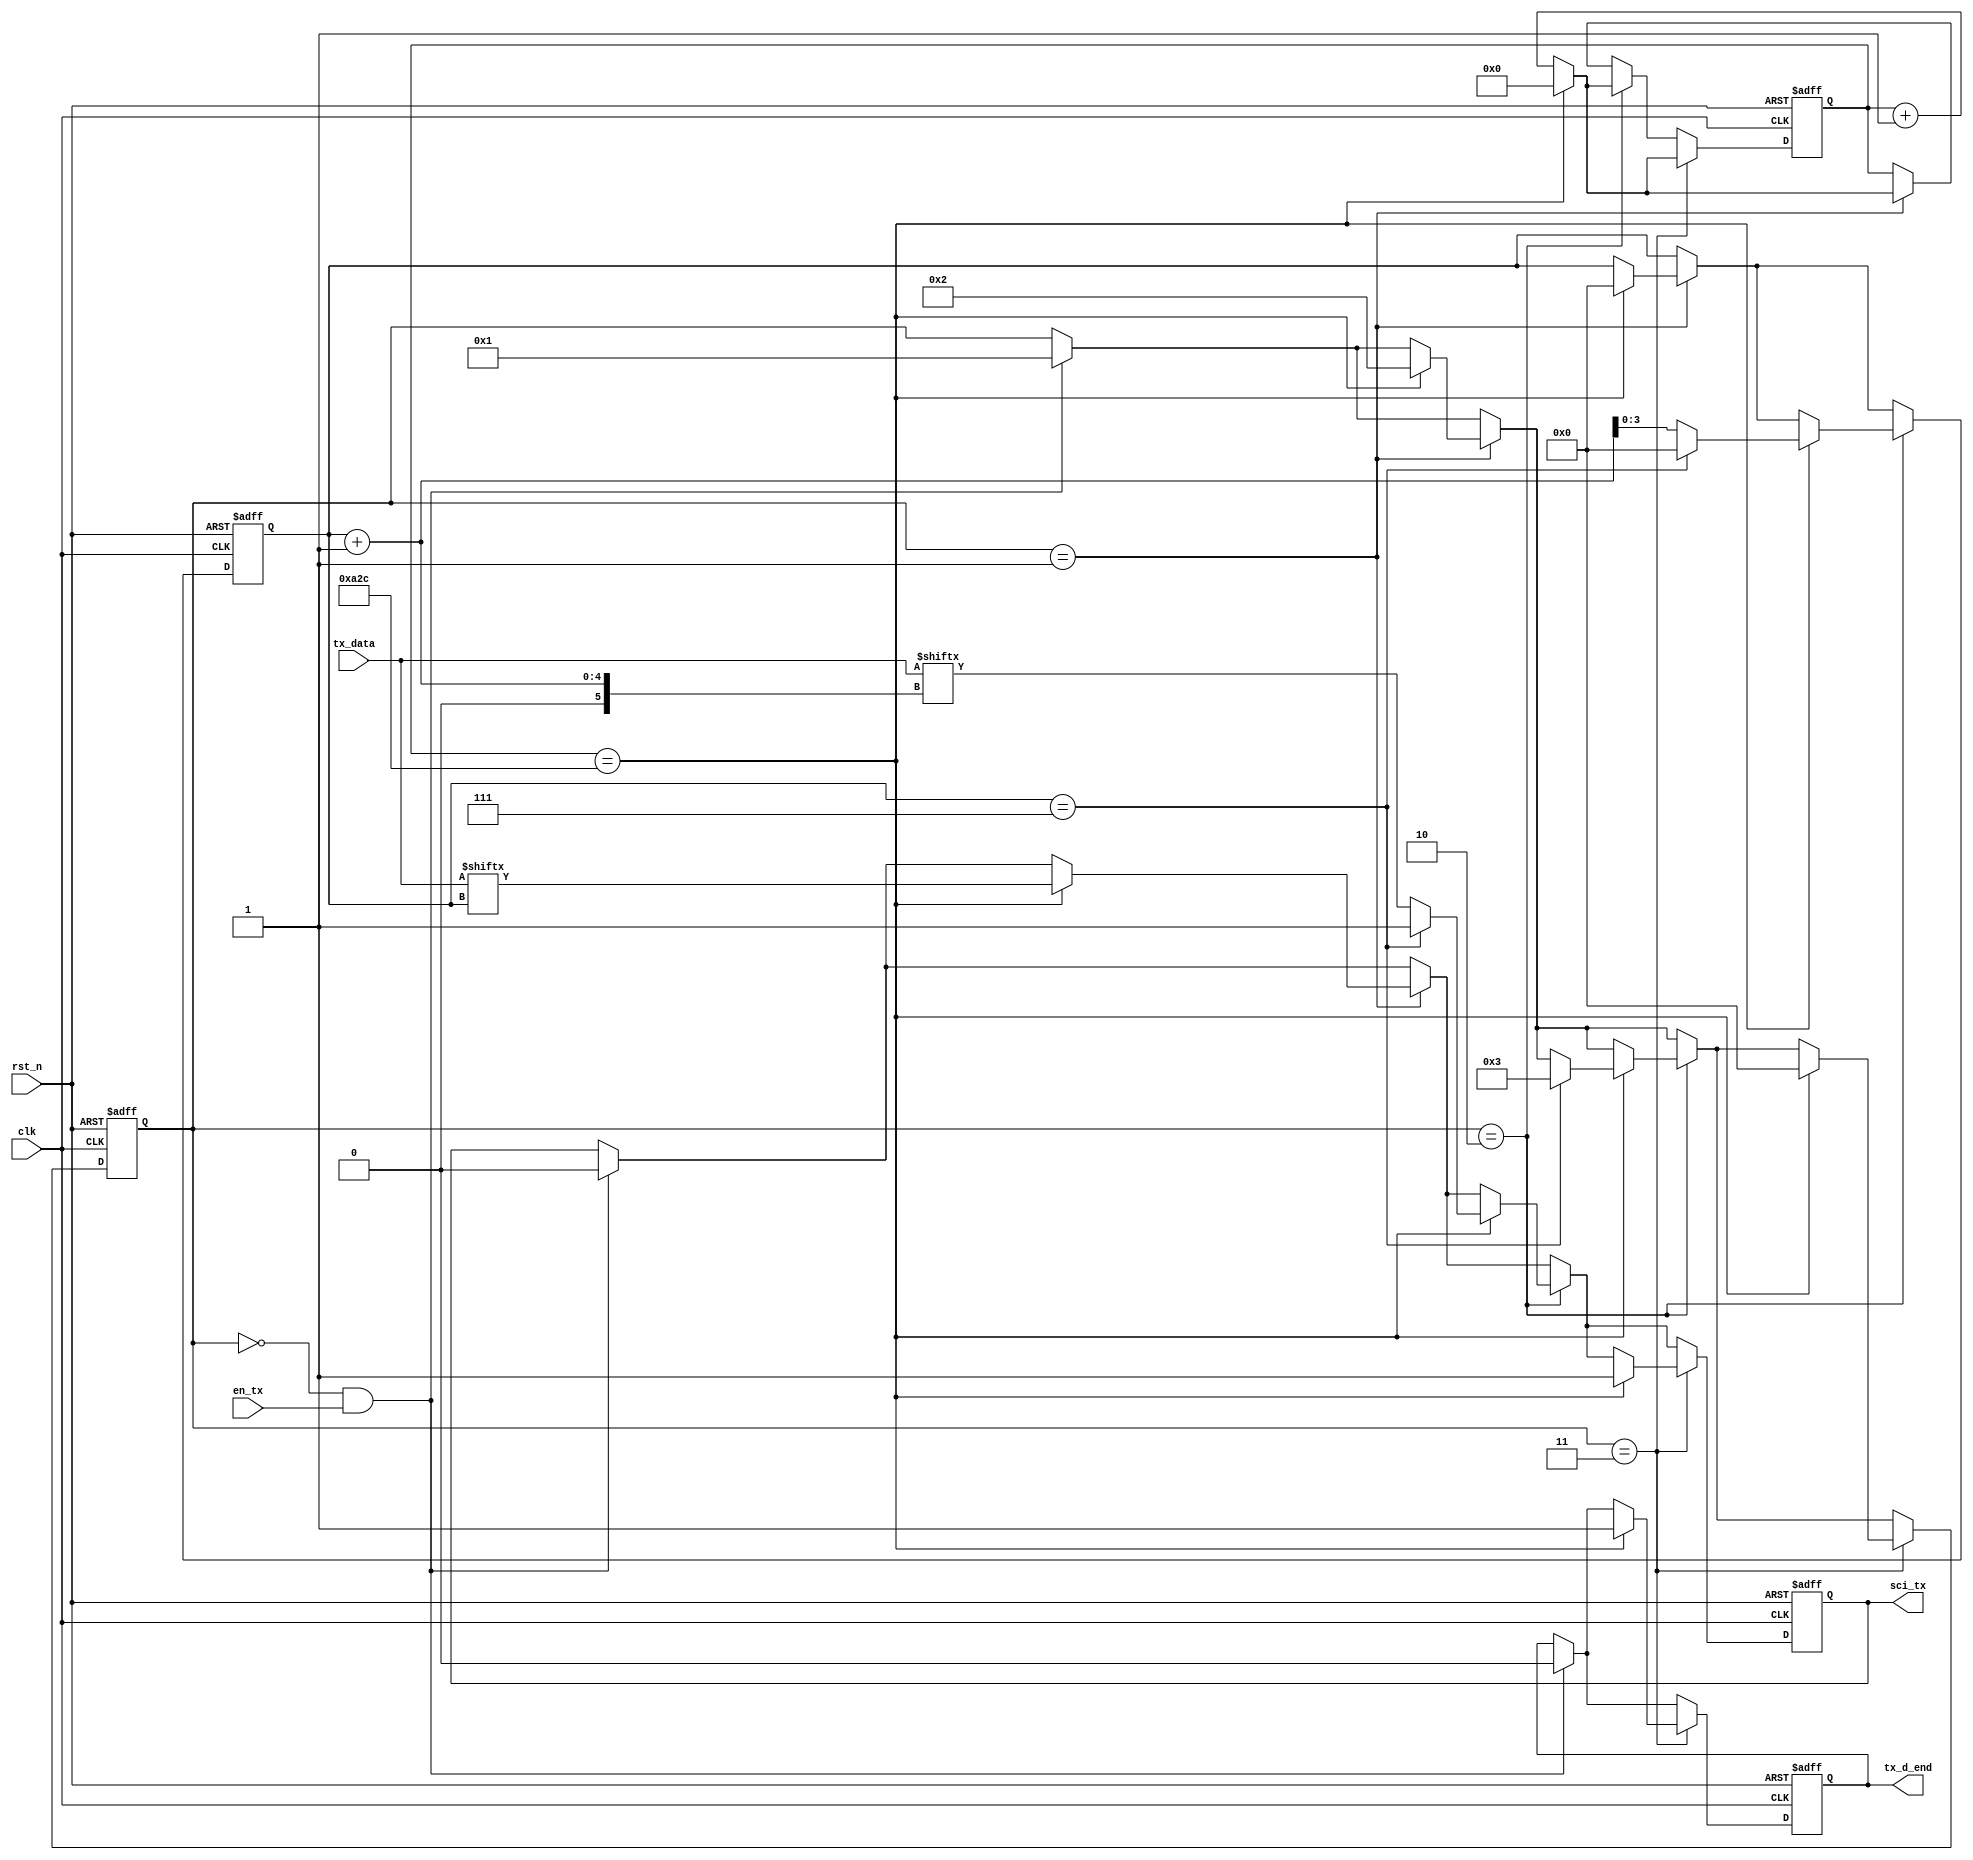
module uart_tx(
    clk, rst_n, tx_data, en_tx,
    sci_tx, tx_d_end
);

/*
     9600
     25000000

     2604
*/
parameter td = 2604;
parameter td_half = 1302;
parameter start_bit = 1'b0;
parameter end_bit = 1'b1;

input clk;
input rst_n;
input [7:0] tx_data;
input en_tx;

output reg sci_tx;
output reg tx_d_end;

reg [15:0] cnt;
reg [3:0] state;

reg [3:0] tx_idx;

/*
    state = 0, 
    state = 1, 
    state = 2, 
    state = 3, 
*/

always @ (posedge clk or posedge rst_n)
begin
    if (rst_n)
    begin
        sci_tx <= 1;

        cnt <= 0;
        state <= 0;
        tx_idx <= 0;
        tx_d_end <= 1;
    end

    else
    begin
        if (state == 0 && en_tx == 1) //
        begin
            state <= 1;
            sci_tx <= start_bit;    //

            tx_d_end <= 0; //
        end

        if (state == 1) //
        begin
            cnt <= cnt + 1;

            if (cnt == td)
            begin
                cnt <= 0;
                state <= 2;
                tx_idx <= 0;

                sci_tx <= tx_data[tx_idx];
            end
        end

        if (state == 2)
        begin
            cnt <= cnt + 1;

            if (cnt == td)
            begin
                cnt <= 0;
                sci_tx <= tx_data[tx_idx + 1];
                tx_idx <= tx_idx + 1;

                if (tx_idx == 4'b0111)
                begin
                    state <= 3;
                    sci_tx <= end_bit;
                    tx_idx <= 0;
                end
                // cnt <= 0;
                // tx_idx <= tx_idx + 1;

                // if (tx_idx == 4'b1000)
                // begin
                //     state <= 3;
                //     sci_tx <= end_bit;
                //     tx_idx <= 0;
                // end
                // else sci_tx <= tx_data[tx_idx];
            end
        end

        if (state == 3)
        begin
            cnt <= cnt + 1;

            if (cnt == td)  //
            begin
                cnt <= 0;
                state <= 0;

                tx_d_end <= 1;  //
                sci_tx <= 1;
            end
        end
    end
end

endmodule